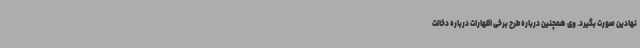
نهادین صورت بگیرد. وی همچنین درباره طرح برخی اظهارات درباره دخالت